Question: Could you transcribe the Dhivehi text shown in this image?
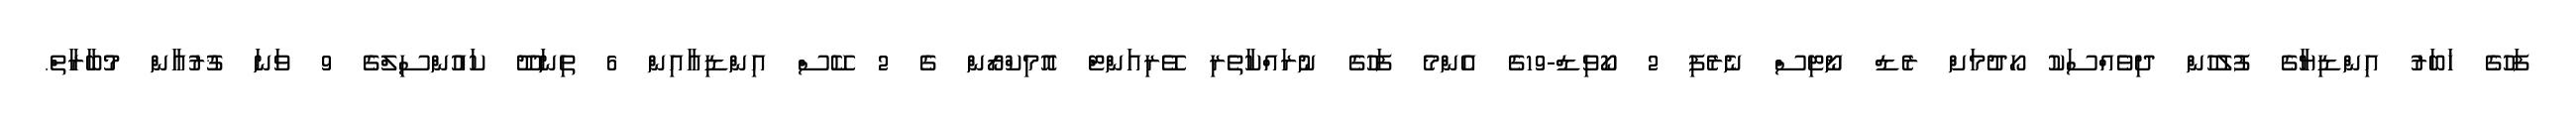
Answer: ފަހުގެ ޚަބަރު އިންޑިޔާގެ ފުލުހުން ދިވެއްސަކު ހޯދުމަށް ރެޑް ނޯޓިސް ނެރެފި 2 ކޯވިޑް-19ގެ އެންމެ ފަހުގެ ނުރައްކާތެރި ވޭރިއަންޓް އޮމިކްރޯން ގެ 2 ކޭސް އިންޑިއާއިން 6 ތިނަދޫ ކައުންސިލްގެ 9 ވަނަ ޤުރުއާން މުބާރާތް.